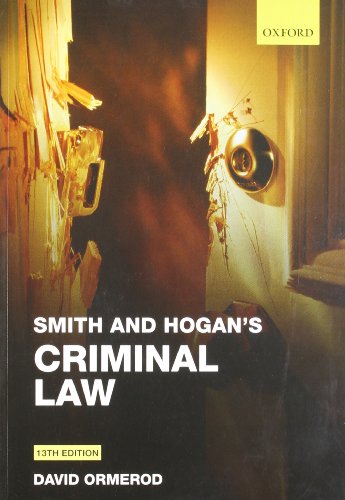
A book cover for Smith and Hogan Criminal Law; David Ormerod; Law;